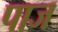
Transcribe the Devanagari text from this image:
पाज